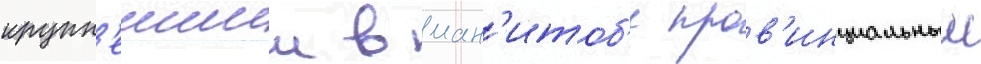
крупн'еишии в ман'итоб'е пров'инциальныи